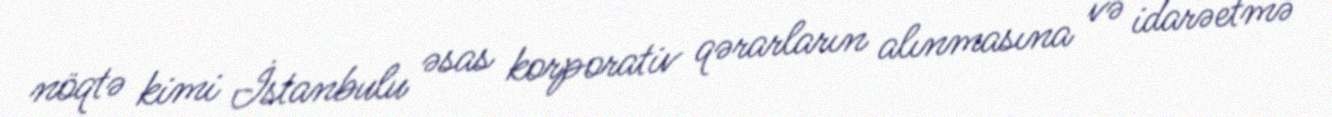
nöqtə kimi İstanbulu əsas korporativ qərarların alınmasına və idarəetmə